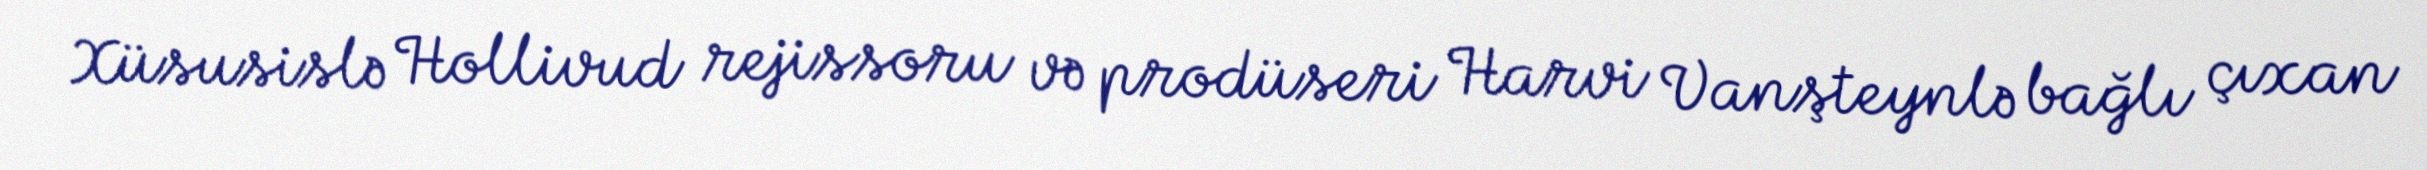
Xüsusislə Hollivud rejissoru və prodüseri Harvi Vanşteynlə bağlı çıxan